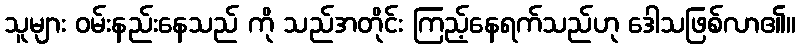
သူများ ဝမ်းနည်းနေသည် ကို သည်အတိုင်း ကြည့်နေရက်သည်ဟု ဒေါသဖြစ်လာ၏။